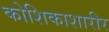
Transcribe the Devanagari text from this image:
कोशिकाशारीर